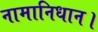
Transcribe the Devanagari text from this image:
नामानिधान।